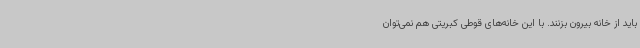
باید از خانه بیرون بزنند. با این خانه‌های قوطی کبریتی هم نمی‌توان